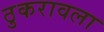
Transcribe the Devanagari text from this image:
ठुकरावला